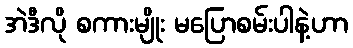
အဲဒီလို စကားမျိုး မပြောစမ်းပါနဲ့ဟာ